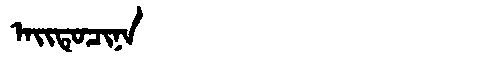
Manchu: ᠠᡳᡨᡠᠴᡳᠨᠠ
Romanization: AITUCINA